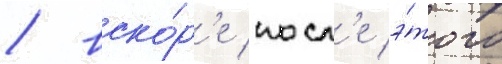
/ вско́р'е посл'е э́того